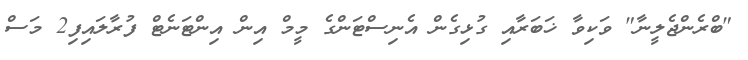
"ބްރެންޖެލީނާ" ވަކިވާ ޚަބަރާއި ގުޅިގެން އެނިސްޓަންގެ މީމް އިން އިންޓަނެޓް ފުރާލައިފި2 މަސް